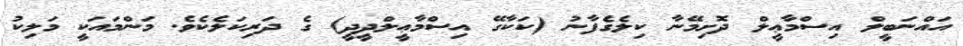
އައްނަބީލް އިސްމާޢީލް ދޮށިމޭނާ ކިލެގެފާނު (ކަކާގޭ އިސްމާޢީލްދީދީ) ގެ ދަރިކަލެކެވެ. މަންމައަކީ މަލިކު